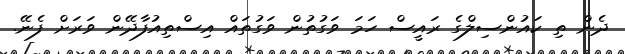
ދެން ތި ކައުންސިލްގެ ރައީސް ހަމަ ވަގުތުން ވަގުތައް އިސްތިއުފާދޭން ވަރަށް ފެނޭ.